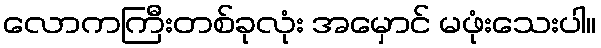
လောကကြီးတစ်ခုလုံး အမှောင် မဖုံးသေးပါ။